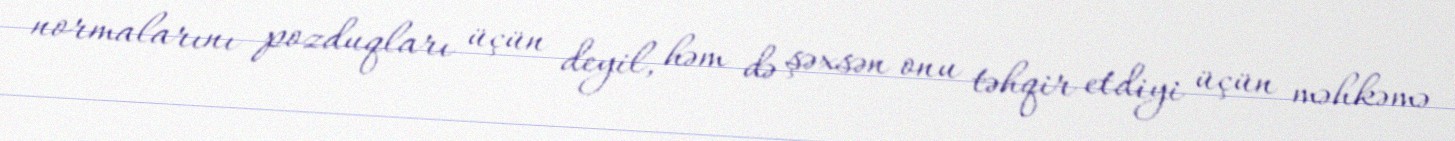
normalarını pozduqları üçün deyil, həm də şəxsən onu təhqir etdiyi üçün məhkəmə